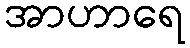
အာဟာရေ